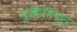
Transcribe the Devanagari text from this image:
नुक्रितियुस